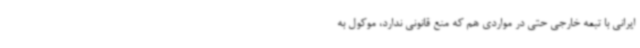
ایرانی با تبعه خارجی حتی در مواردی هم که منع قانونی ندارد، موکول به